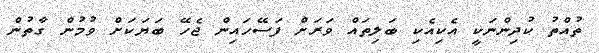
ތުއްތު ކުދިންނަކީ އެކިއެކި ބަލިތައް ވަރަށް ފަސޭހައިން ޖެހޭ ބަޔަކަށް ވުމުން ގާތުން